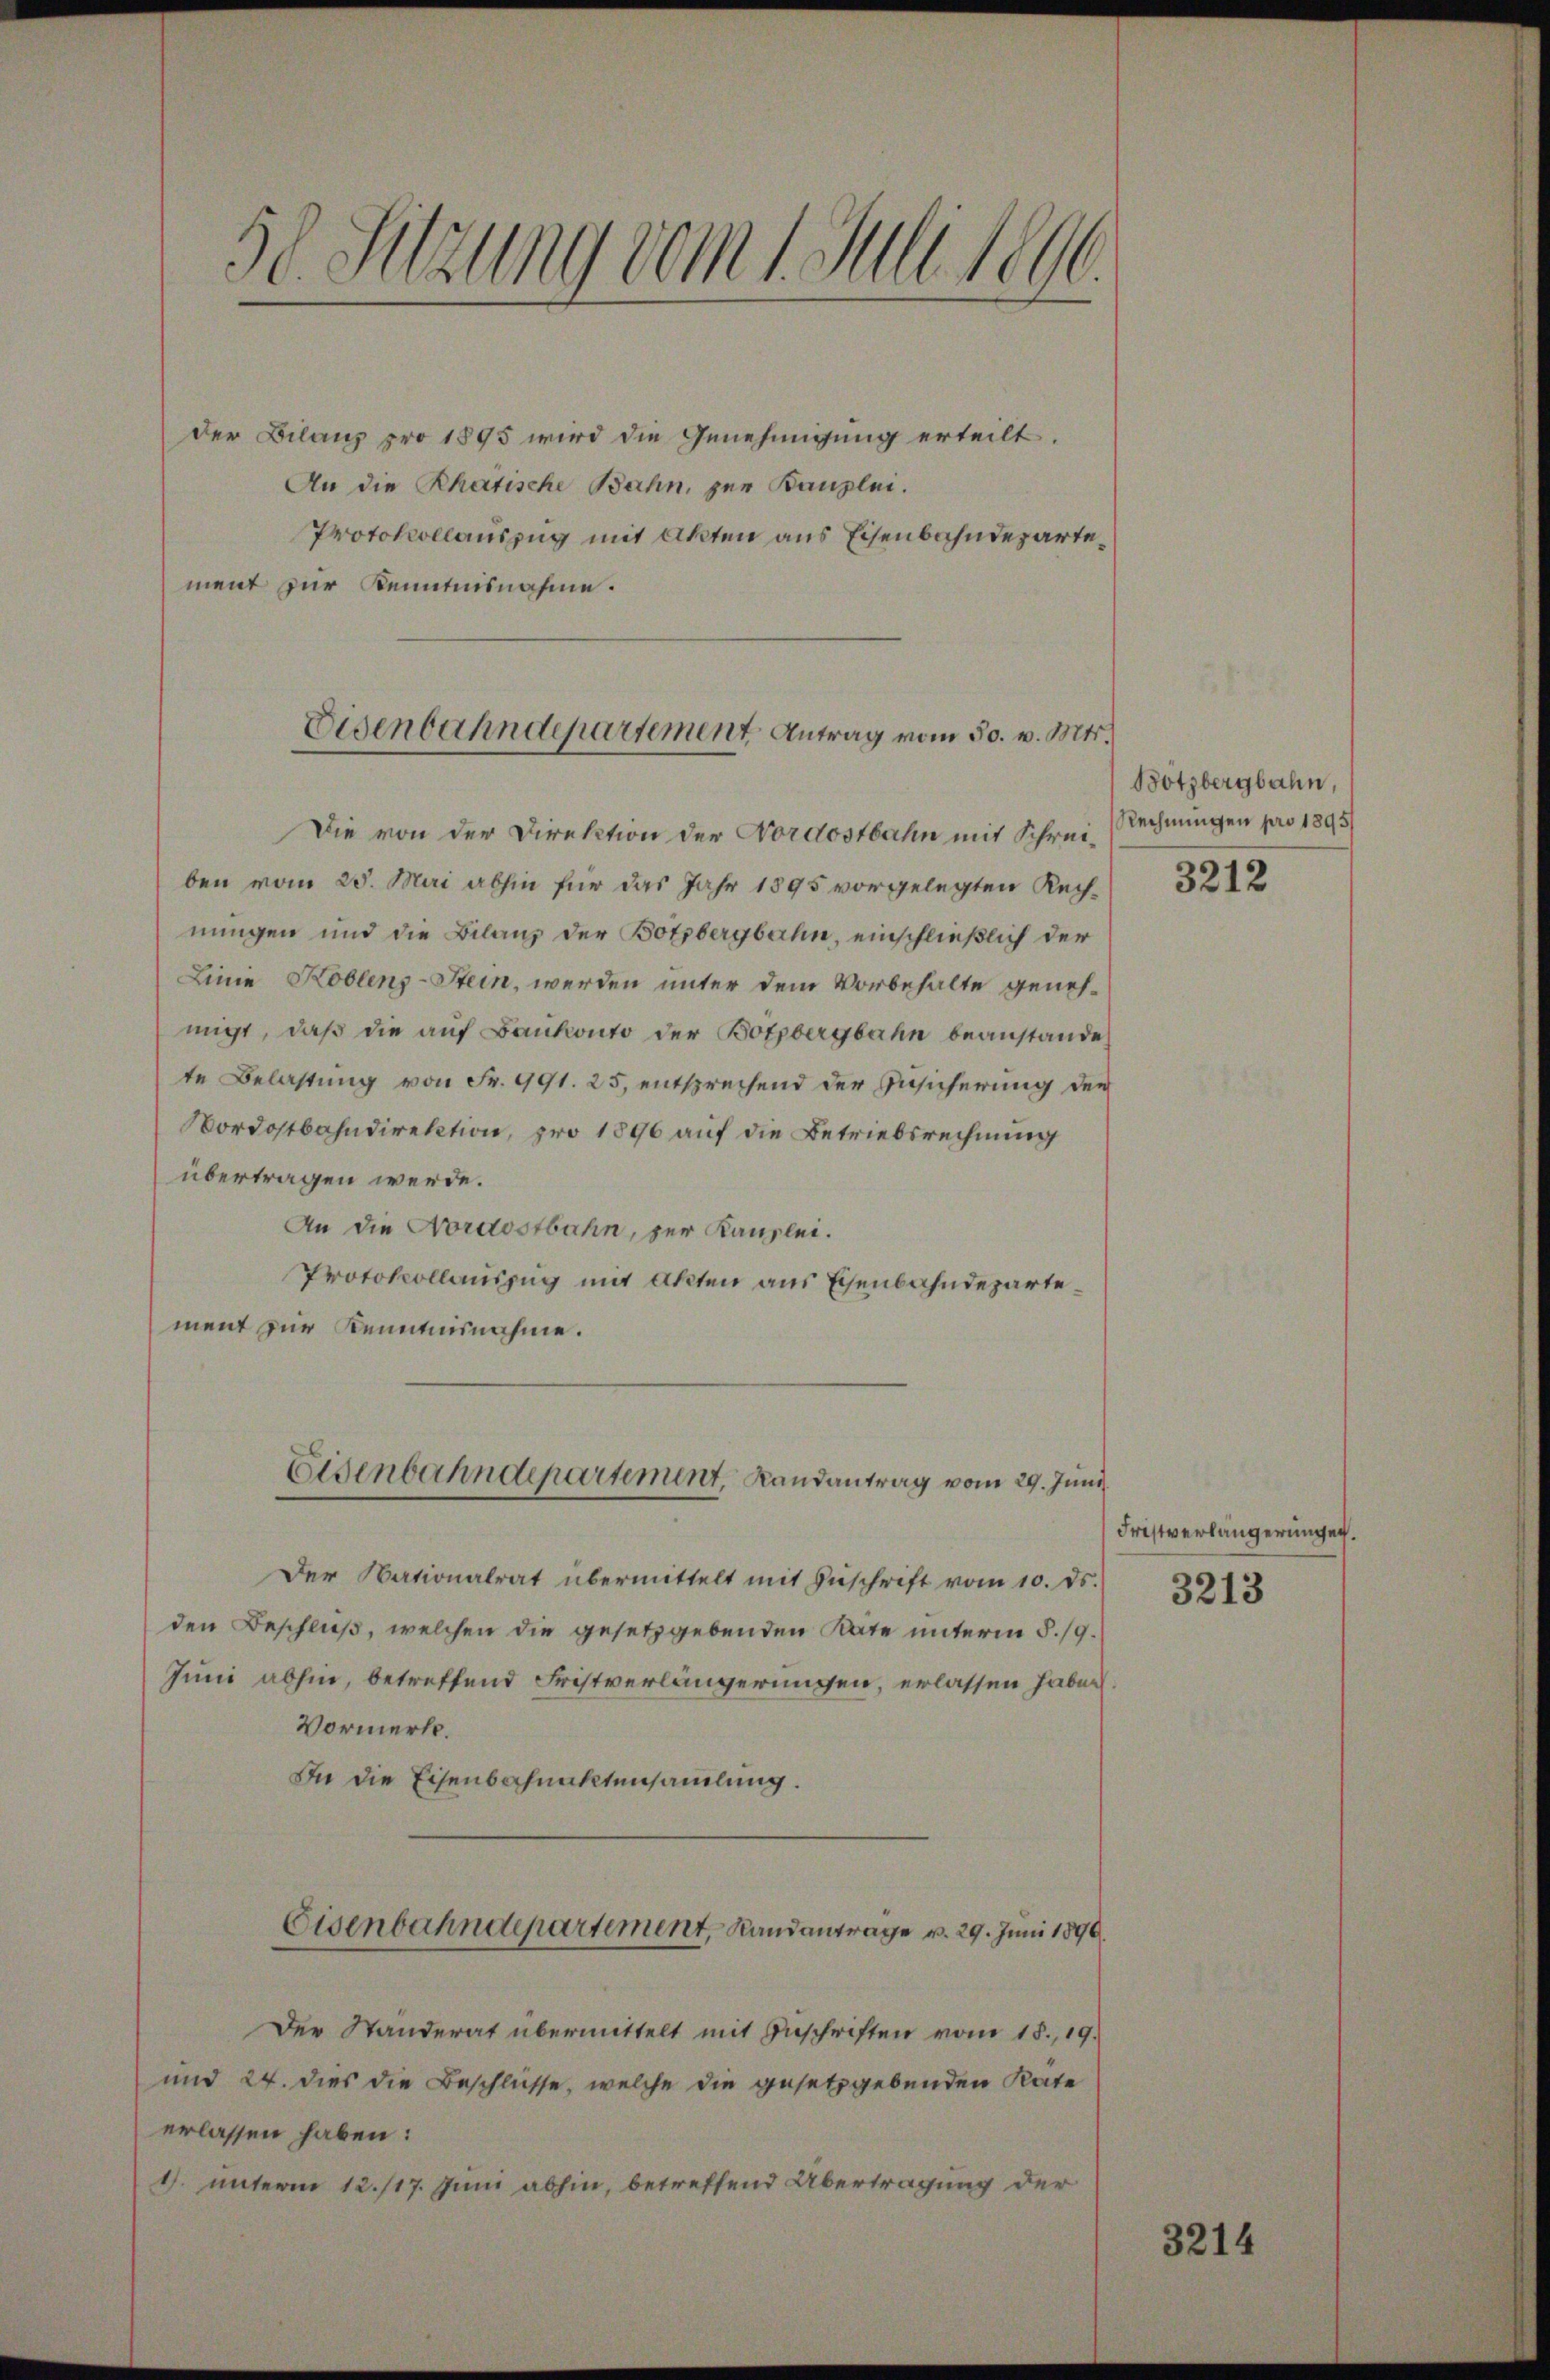
50. Sitzung vom 1 Juli test.

der Bilanz pro 1895 wird die Genehmigung erteilt.
An die Rhätische Bahn, zur Kanzlei.
Protokollauszug mit Akten aus Eisenbahndepartement zur Kenntnisnahme.

Eisenbahndepartement Antrag vom 30. v. Mts.

Die von der Direktion der Nordostbahn mit Schreiben vom 25. Mai abhin für das Jahr 1895 vorgelegten Rechnungen und die Bilanz der Botzbergbahn, einschließlich der
Linne Koblenz-Stein, werden unter dem Vorbehalte genehmigt, daß die auf Bankonto der Botzbergbahn beanstande
te Belastung von Fr. 991. 25, entsprechend der Zusicherung de
Nordostbahndirektion, pro 1896 auf die Betriebsrechnung
übertragen werde.
An die Nordostbahn, zur Kanzlei.
Protokollauszug mit Akten aus Eisenbahndepartement zur Kenntnisnahme.
Eisenbahndepartement, Landantrag vom 29. Juni
Der Nationalrat übermittelt mit Zŭschrift vom 10. ds.
den Beschluß, welchen die gesetzgebenden Rate unterm 8./9.
Juni abhin, betreffend Fristverlängerungen, erlassen haben
Vormerk.
In die Eisenbachenktensamlung.
Eisenbahndepartement, Randantrage v. 29. Juni 1890
Der Standerat übermittelt mit Zuschriften vom 18., 19.
und 24. dies die Beschlüsse, welche die gesetzgebenden Rate
erlassen haben:
1. unterm 12./17. Juni abhin, betreffend Übertragung der

Bötzbergbahn
Rechnungen pro 1895/

3212

Fristverlängerungen.

3213

3214